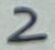
Text: 2